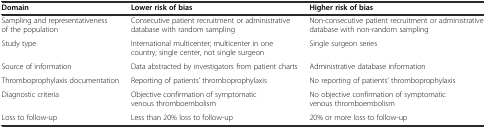
| Domain | Lower risk of bias | Higher risk of bias |
 | --- | --- | --- |
 | Sampling and representativeness of the population | Consecutive patient recruitment or administrative database with random sampling | Non-consecutive patient recruitment or administrative database with non-random sampling |
 | Study type | International multicenter; multicenter in one country; single center, not single surgeon | Single surgeon series |
 | Source of information | Data abstracted by investigators from patient charts | Administrative database information |
 | Thromboprophylaxis documentation | Reporting of patients’ thromboprophylaxis | No reporting of patients’ thromboprophylaxis |
 | Diagnostic criteria | Objective confirmation of symptomatic venous thromboembolism | No objective confirmation of symptomatic venous thromboembolism |
 | Loss to follow-up | Less than 20% loss to follow-up | 20% or more loss to follow-up |